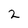
Character: 2